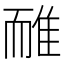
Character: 𨾿